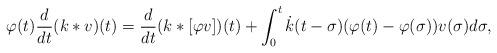
LaTeX: \begin{align*}\varphi(t)\frac{d}{dt}(k*v)(t) = \frac{d}{dt}(k*[\varphi v])(t)+ \int_{0}^{t}\dot{k}(t-\sigma)(\varphi(t)-\varphi(\sigma))v(\sigma)d\sigma,\end{align*}